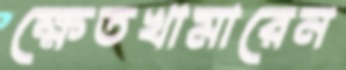
ক্ষেতখামারেন